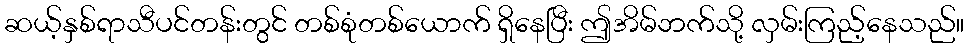
ဆယ့်နှစ်ရာသီပင်တန်းတွင် တစ်စုံတစ်ယောက် ရှိနေပြီး ဤအိမ်ဘက်သို့ လှမ်းကြည့်နေသည်။